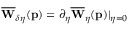
\overline { { \mathbf { W } } } _ { \delta \eta } ( \mathbf { p } ) = \partial _ { \eta } \overline { { \mathbf { W } } } _ { \eta } ( \mathbf { p } ) \vert _ { \eta = 0 }